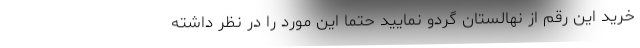
خرید این رقم از نهالستان گردو نمایید حتما این مورد را در نظر داشته